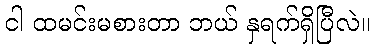
ငါ ထမင်းမစားတာ ဘယ် နှရက်ရှိပြီလဲ။